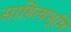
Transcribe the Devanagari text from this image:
साहित्यभूमि